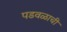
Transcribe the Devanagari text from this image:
पडवळाची